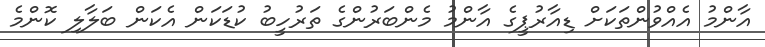
އާންމު އެއްވުންތަކަށް ޑިއާރުޕީގެ އާންމު މެންބަރުންގެ ތަރުހީބު ކުޑަކަން އެކަން ބަލާލި ކޮންމެ